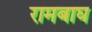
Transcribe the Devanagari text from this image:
रामबाघ